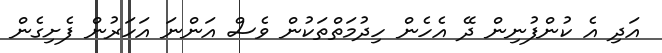
އަދި އެ ކުންފުނިން ދޭ އެހެން ހިދުމަތްތަކުން ވެސް އަންނަ އަހަރުން ފެށިގެން